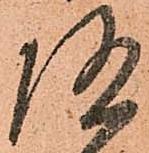
随